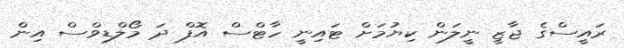
ރައީސްގެ ޖާޒީ ނީލަން ކިޔުމަށް ޓައިނީ ހާޓްސް އޮފް ދަ މޯލްޑިވްސް އިން